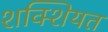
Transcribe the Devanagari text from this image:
शक्शियत